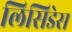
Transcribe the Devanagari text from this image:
लिसिडेस